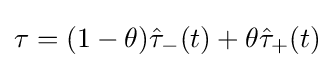
\tau =(1-\theta ){\hat {\tau }}_{-}(t)+\theta {\hat {\tau }}_{+}(t)